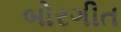
બોરગીત